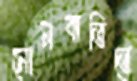
মোমবাতিতে